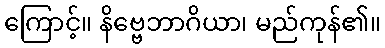
ကြောင့်။ နိဗ္ဗေဘာဂိယာ၊ မည်ကုန်၏။